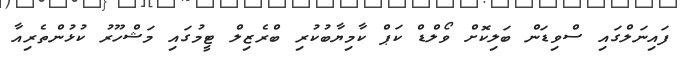
ފައިނަލްގައި ސްވިޑަން ބަލިކޮށް ވޯލްޑް ކަޕް ކާމިޔާބުކުރި ބްރެޒިލް ޓީމުގައި މަޝްހޫރު ކުޅުންތެރިއާ